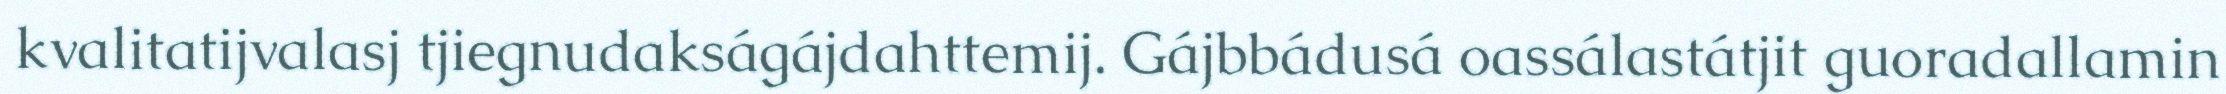
kvalitatijvalasj tjiegnudakságájdahttemij. Gájbbádusá oassálastátjit guoradallamin